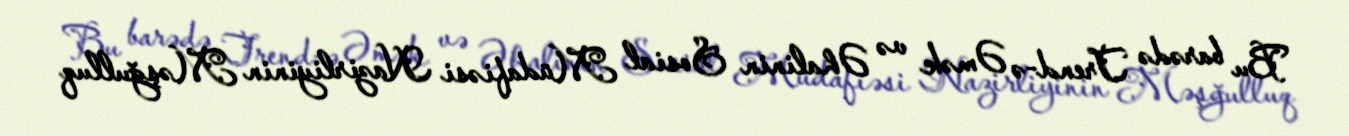
Bu barədə Trend-ə Əmək və Əhalinin Sosial Müdafiəsi Nazirliyinin Məşğulluq